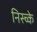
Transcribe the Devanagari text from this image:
निस्च्के